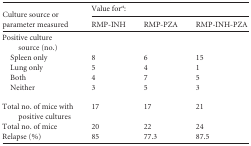
| <ROWSPAN=2> Culture source or parameter measured | <COLSPAN=3> Value fora: |
 | RMP-INH | RMP-PZA | RMP-INH-PZA |
 | --- | --- | --- | --- |
 | Positive culture source (no.) |  |  |  |
 | Spleen only | 8 | 6 | 15 |
 | Lung only | 5 | 4 | 1 |
 | Both | 4 | 7 | 5 |
 | Neither | 3 | 5 | 3 |
 | Total no. of mice with positive cultures | 17 | 17 | 21 |
 | Total no. of mice | 20 | 22 | 24 |
 | Relapse (%) | 85 | 77.3 | 87.5 |